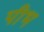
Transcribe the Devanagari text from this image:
पीभ